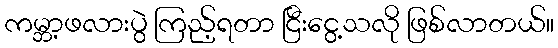
ကမ္ဘာ့ဖလားပွဲ ကြည့်ရတာ ငြီးငွေ့သလို ဖြစ်လာတယ်။